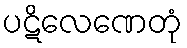
ပဋိလေဏေတုံ